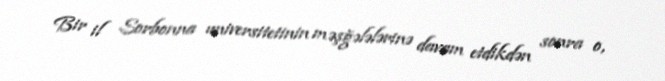
Bir il Sorbonna universitetinin məşğələlərinə davam etdikdən sonra o,